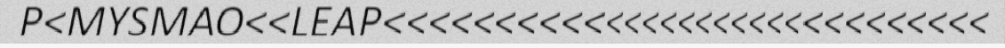
P<MYSMAO<<LEAP<<<<<<<<<<<<<<<<<<<<<<<<<<<<<<